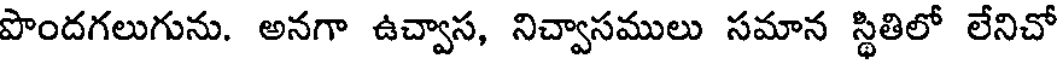
పొందగలుగును. అనగా ఉచ్వాస, నిచ్వాసములు సమాన స్థితిలో లేనిచో